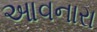
આવનારા